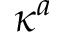
\kappa ^ { a }